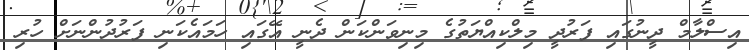
އިސްލާމް ދީނުގައި ފަރުދީ މިލްކިއްޔަތުގެ މިނިވަންކަން ދެނީ އޭގައި ހަމައެކަނި ފަރުދުންނަށް ހުރި